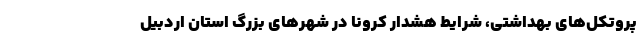
پروتکل‌های بهداشتی، شرایط هشدار کرونا در شهر‌های بزرگ استان اردبیل